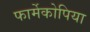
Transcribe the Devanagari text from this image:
फार्मेकोपिया